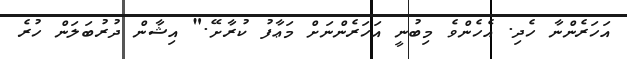
އަހަރެންނާ ހެދި. އެހެންވެ މިބުނީ އަހަރެންނަށް މަޢާފު ކުރާށޭ." އިޝާން ދުރުބަލަން ހުރެ